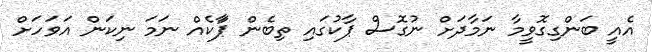
އެއީ ބަންގިގޮވީމާ ނަމާދަށް ނުގޮސް ޕާކުގައި ތިބެން ޕަާކެއް ނަމަ ނިކަން އަވަހަށް